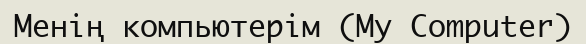
Менің компьютерім (My Computer)